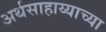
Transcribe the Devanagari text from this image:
अर्थसाहाय्याच्या